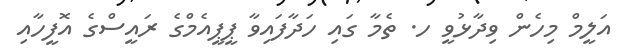
އަލީމް މިހެން ވިދާޅުވީ ހ. ތެމާ ގައި ހަދާފައިވާ ޕީޕީއެމްގެ ރައީސްގެ އޮފީހާއި